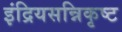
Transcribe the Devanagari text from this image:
इंद्रियसन्निकृष्ट